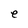
Character: e